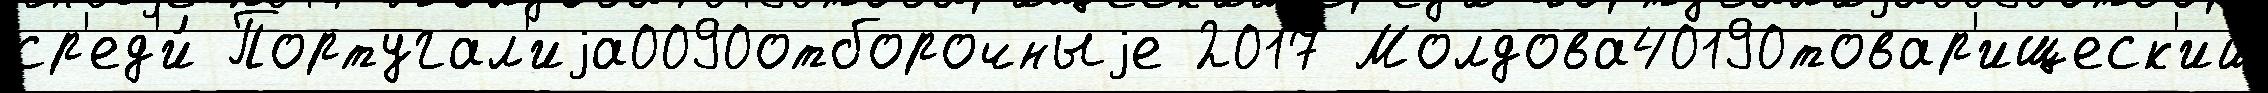
ср'ед'и́ Португал'иjа0090отборочныjе 2017 Молдова40190товар'ищеск'ий